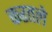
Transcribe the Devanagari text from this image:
करतले